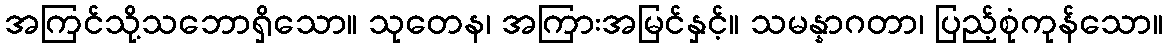
အကြင်သို့သဘောရှိသော။ သုတေန၊ အကြားအမြင်နှင့်။ သမန္နာဂတာ၊ ပြည့်စုံကုန်သော။